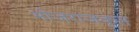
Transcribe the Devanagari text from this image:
भोजराजकृत